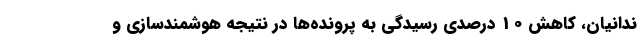
ندانیان، کاهش 10 درصدی رسیدگی به پرونده‌ها در نتیجه هوشمندسازی و